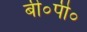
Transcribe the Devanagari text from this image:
बी०पी०